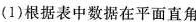
(1)根据表中数据在平面直角